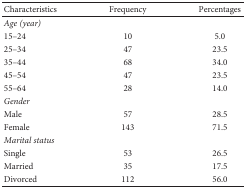
| Characteristics | Frequency | Percentages |
 | --- | --- | --- |
 | <COLSPAN=3> Age (year) |
 | 15–24 | 10 | 5.0 |
 | 25–34 | 47 | 23.5 |
 | 35–44 | 68 | 34.0 |
 | 45–54 | 47 | 23.5 |
 | 55–64 | 28 | 14.0 |
 | <COLSPAN=3> Gender |
 | Male | 57 | 28.5 |
 | Female | 143 | 71.5 |
 | <COLSPAN=3> Marital status |
 | Single | 53 | 26.5 |
 | Married | 35 | 17.5 |
 | Divorced | 112 | 56.0 |